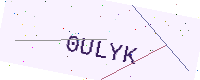
Text: 0ULYK